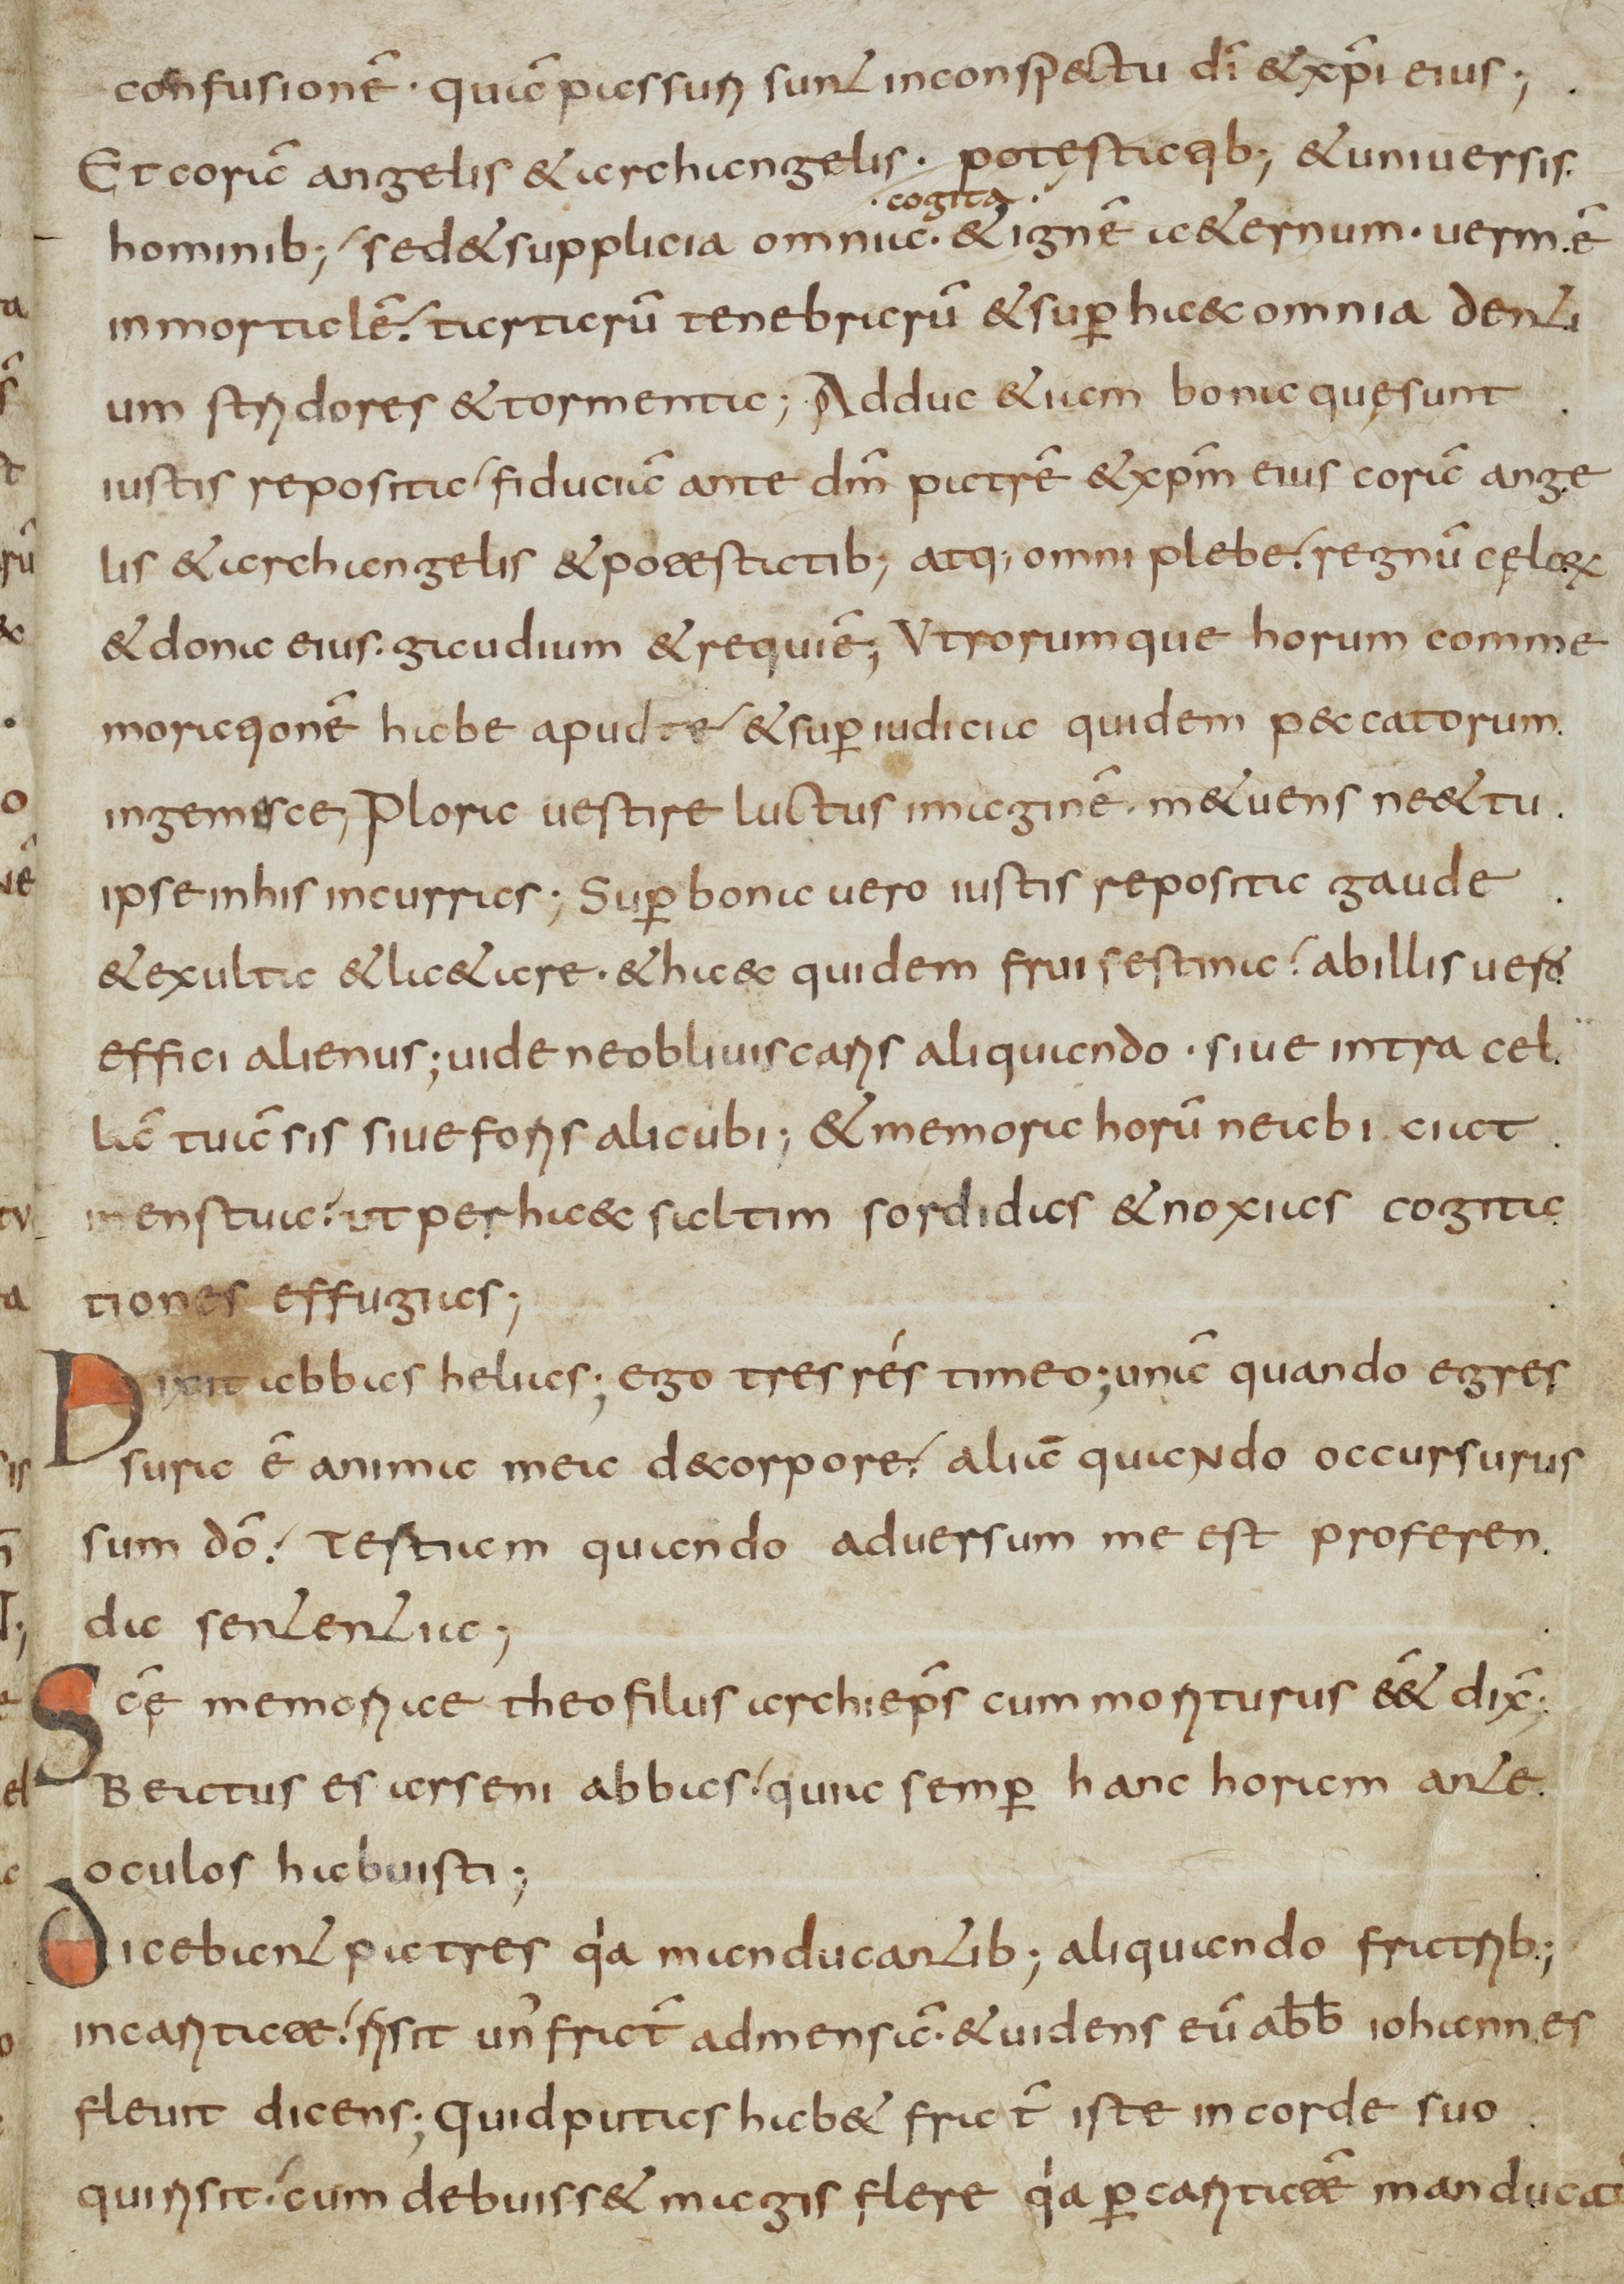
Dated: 800–849